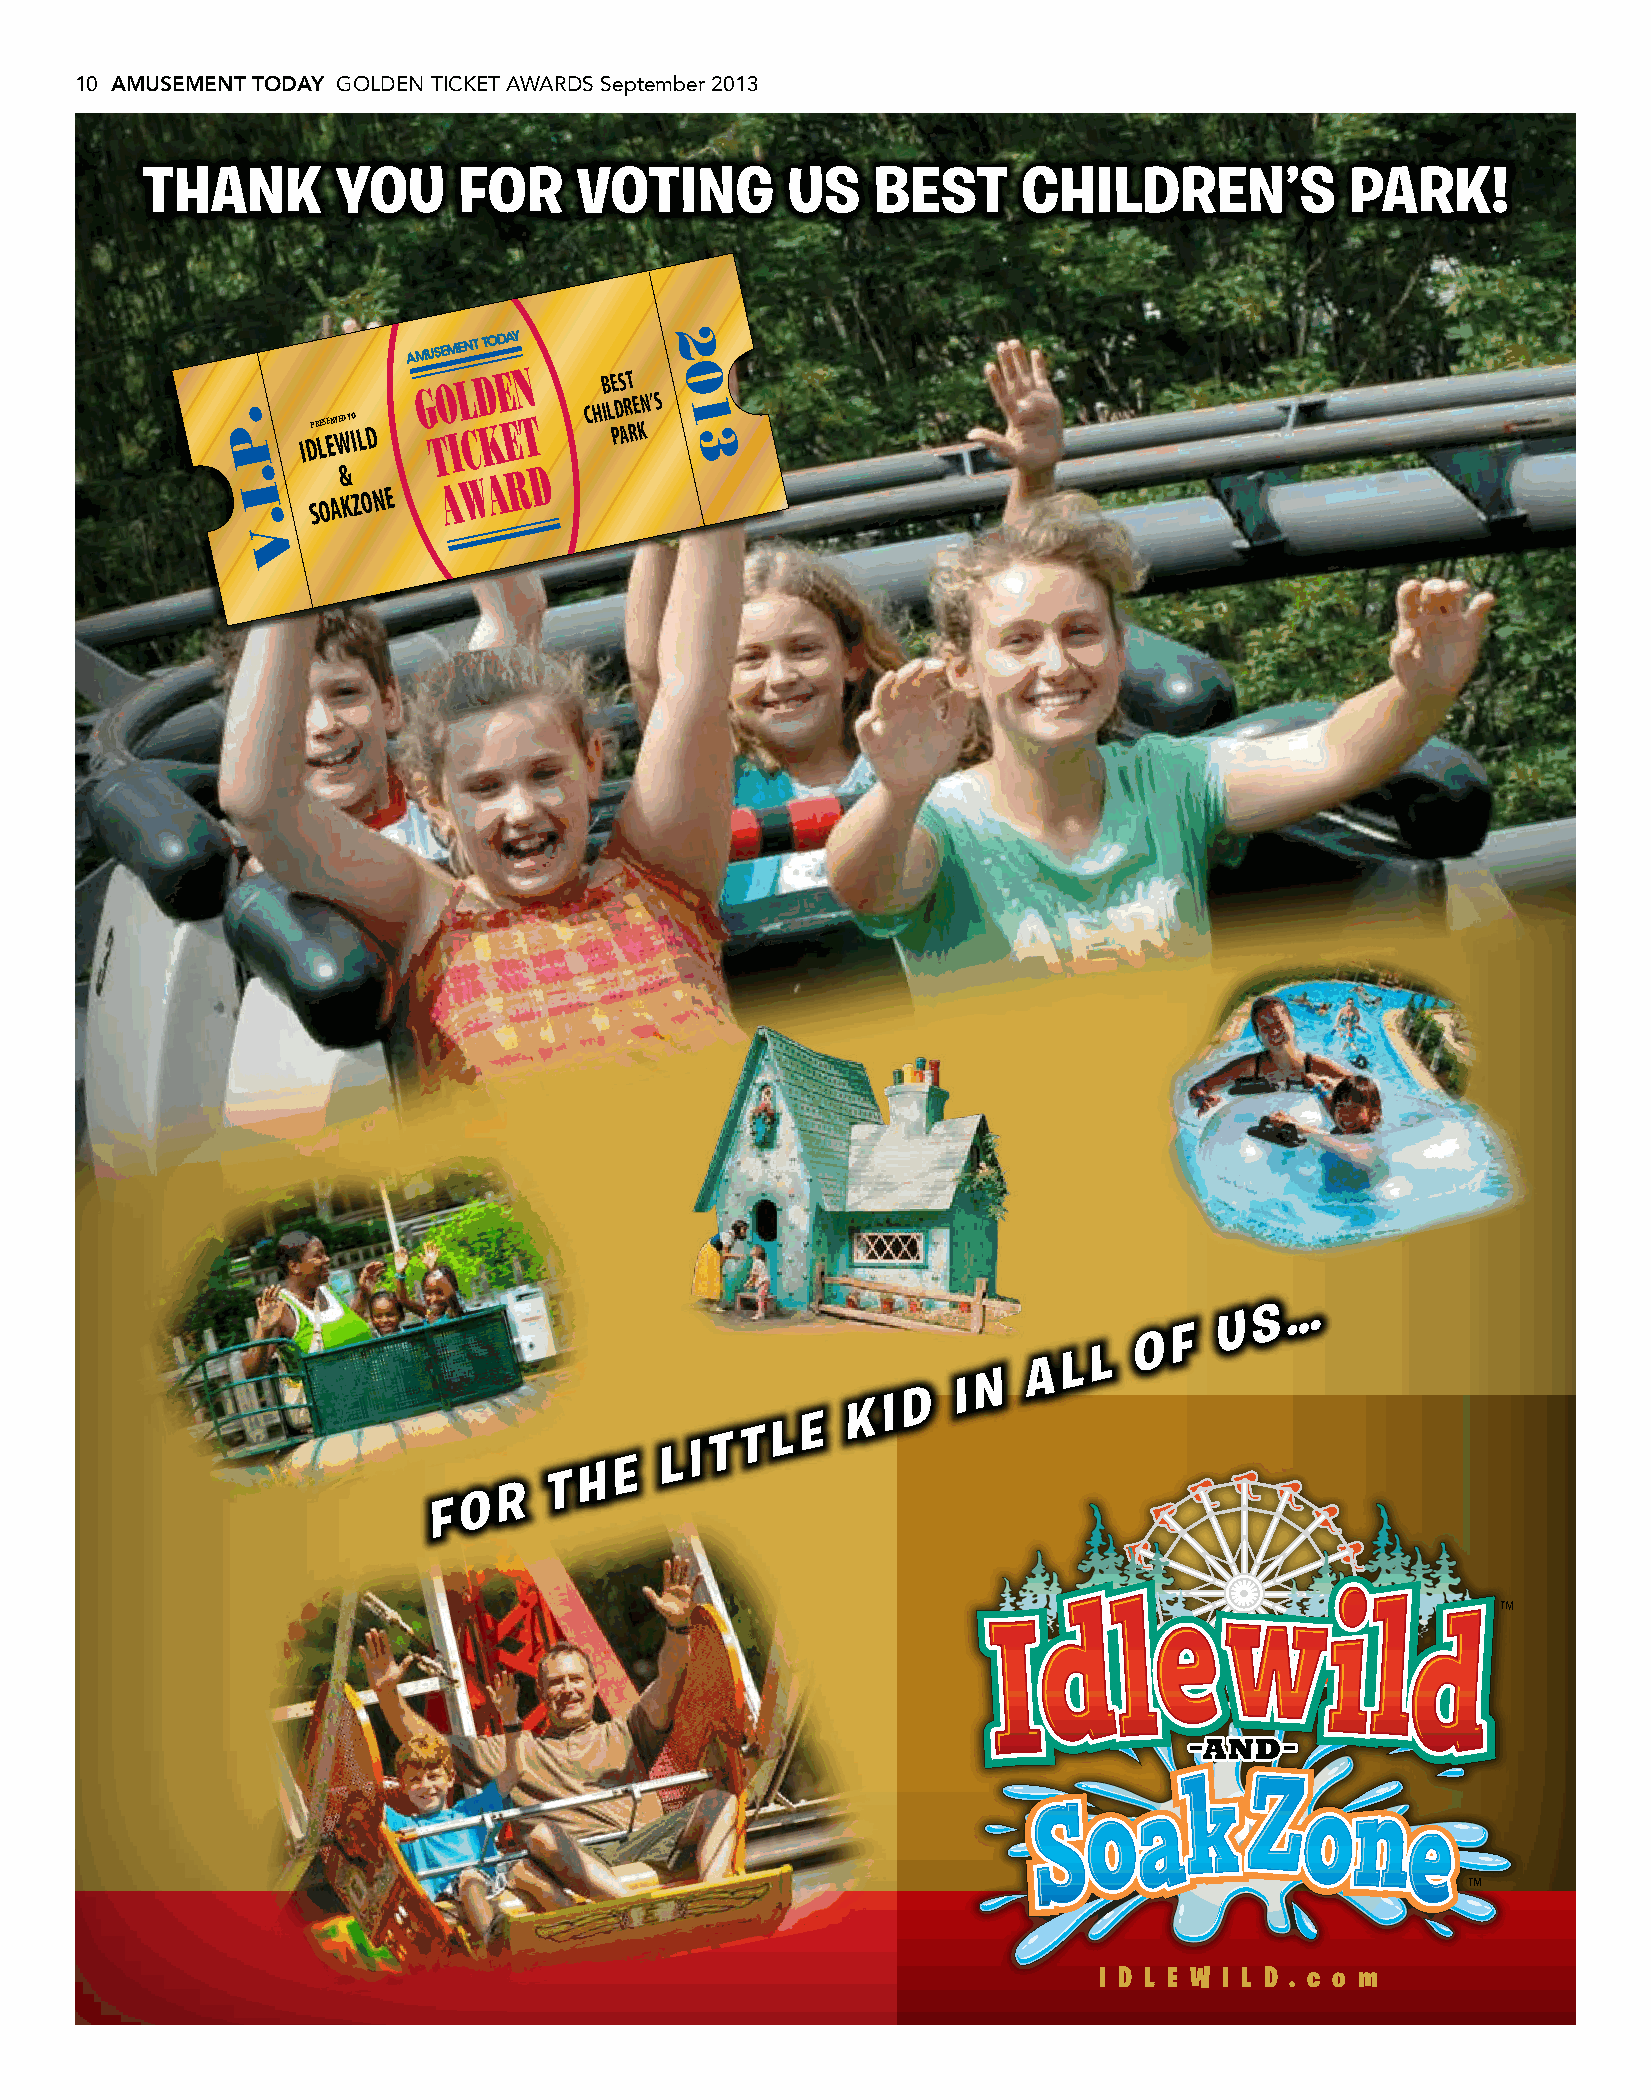
10 AMUSEMENT TODAY GOLDEN TICKET AWARDS September 2013
 THANK        YOU     FOR     VOTING        US    BEST      CHILDREN’S           PARK!
 2
 G O L D E N CHIB LE DS RT EN’S 0
 1
 . P  IDPRE LSE ENT WED TO IL D T I C K E T PARK 3
 . I   S O A& K Z O N E A W A R D
 .
 V
 …
 S
 U
 F
 O
 L
 L
 A
 N
 D
 I
 KI
 E
 L
 T
 T
 LI
 E
 H
 T
 R
 O
 F
 I D L E W I L D . c o m